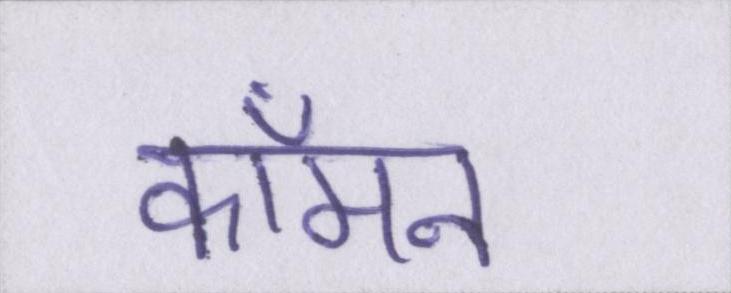
कॉमन